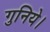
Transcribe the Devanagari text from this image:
गुनिये।